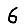
Digit: 6